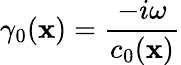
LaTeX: \gamma_{0}(\textbf{x})=\frac{-i\omega}{c_{0}(\textbf{x})}